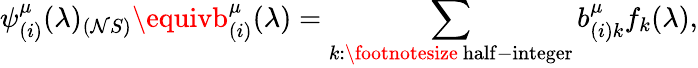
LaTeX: \psi_{(i)}^{\mu}(\lambda)_{(\mathcal{N}S)}\equivb_{(i)}^{\mu}(\lambda)=\sum_{k:\mathrm{{\footnotesize~half-integer}}}b_{(i)k}^{\mu}f_{k}(\lambda),